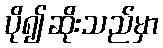
ပို၍ဆိုးသည်မှာ